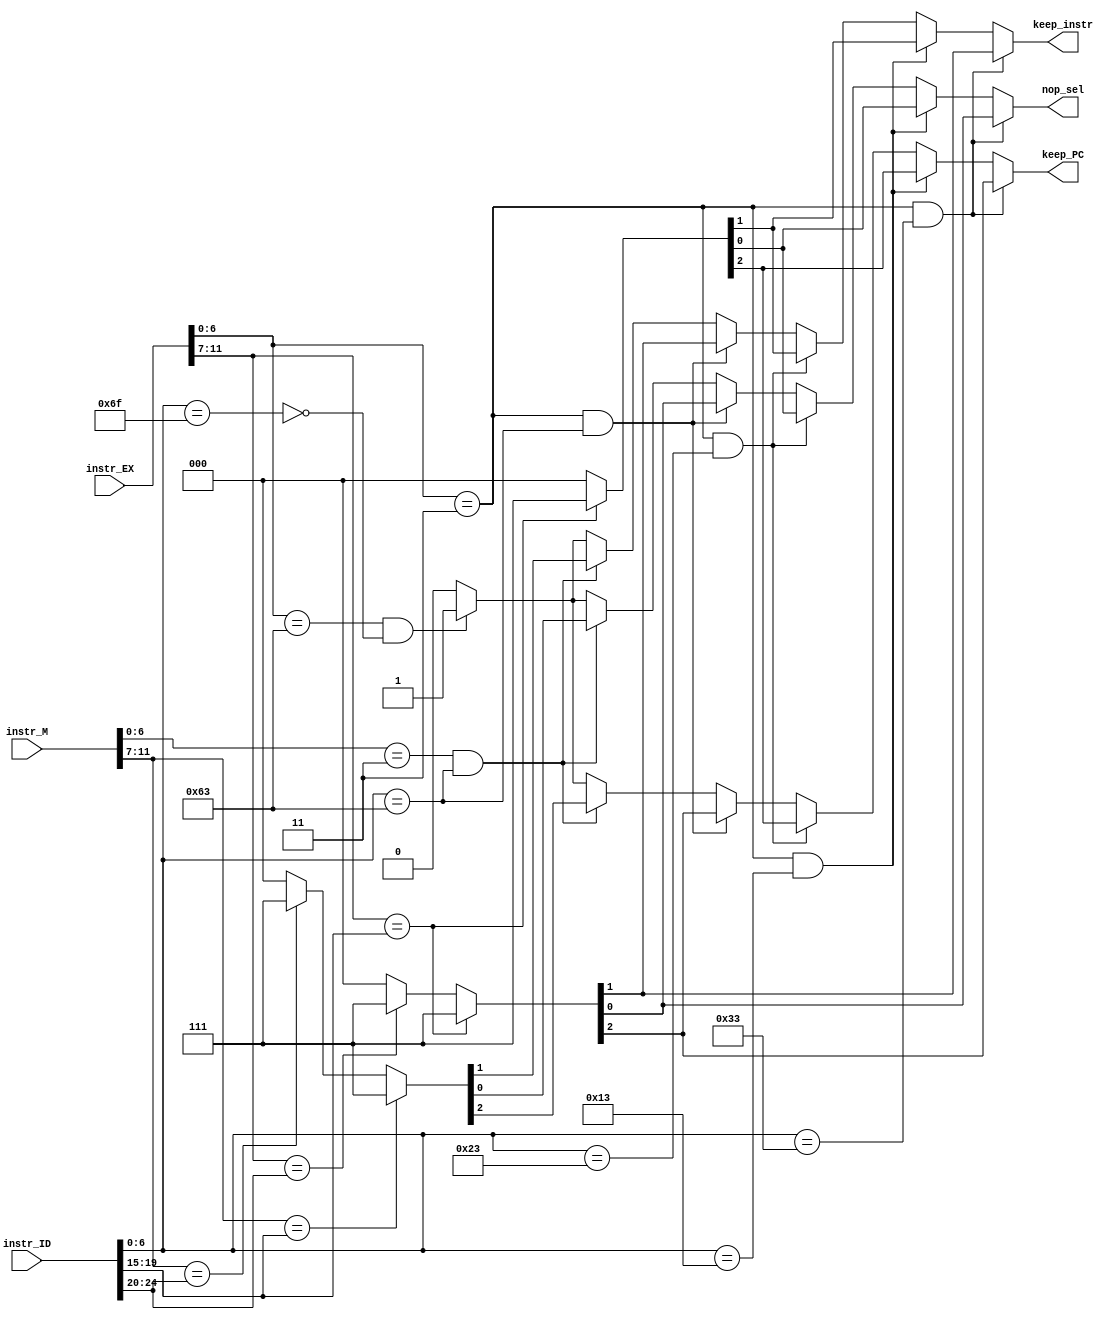
// `include "Def.v"// OPCODE
`define R_TYPE        7'b0110011
`define I_TYPE_OP_IMM 7'b0010011
`define I_TYPE_LOAD   7'b0000011
`define S_TYPE        7'b0100011
`define B_TYPE        7'b1100011
`define J_TYPE        7'b1101111
`define I_TYPE_JALR   7'b1100111
`define U_TYPE_LUI    7'b0110111
`define U_TYPE_AUIPC  7'b0010111

// FUNCT3
// R_TYPE
`define FUNCT3_ADD  3'h0
`define FUNCT3_SUB  3'h0
`define FUNCT3_XOR  3'h4
`define FUNCT3_OR   3'h6
`define FUNCT3_AND  3'h7
`define FUNCT3_SLL  3'h1
`define FUNCT3_SRL  3'h5
`define FUNCT3_SRA  3'h5
`define FUNCT3_SLT  3'h2
`define FUNCT3_SLTU 3'h3
// I_TYPE_OP_IMM
`define FUNCT3_ADDI  3'h0
`define FUNCT3_XORI  3'h4
`define FUNCT3_ORI   3'h6
`define FUNCT3_ANDI  3'h7
`define FUNCT3_SLLI  3'h1
`define FUNCT3_SRLI  3'h5
`define FUNCT3_SRAI  3'h5
`define FUNCT3_SLTI  3'h2
`define FUNCT3_SLTIU 3'h3
// I_TYPE_LOAD
`define FUNCT3_LB  3'h0
`define FUNCT3_LH  3'h1
`define FUNCT3_LW  3'h2
`define FUNCT3_LBU 3'h4
`define FUNCT3_LHU 3'h5
// S_TYPE
`define FUNCT3_SB 3'h0
`define FUNCT3_SH 3'h1
`define FUNCT3_SW 3'h2
// B_TYPE
`define FUNCT3_BEQ  3'h0
`define FUNCT3_BNE  3'h1
`define FUNCT3_BLT  3'h4
`define FUNCT3_BGE  3'h5
`define FUNCT3_BLTU 3'h6
`define FUNCT3_BGEU 3'h7
// J_TYPE
`define FUNCT3_JAL  3'h0  // no funct3
// I_TYPE_JALR
`define FUNCT3_JALR 3'h0
// U_TYPE_LUI
`define FUNCT3_LUI   3'h0 // no funct3
// U_TYPE_AUIPC
`define FUNCT3_AUIPC 3'h0 // no funct3

// FUNCT7
// R_TYPE
`define FUNCT7_ADD  7'h00
`define FUNCT7_SUB  7'h20
`define FUNCT7_XOR  7'h00
`define FUNCT7_OR   7'h00
`define FUNCT7_AND  7'h00
`define FUNCT7_SLL  7'h00
`define FUNCT7_SRL  7'h00
`define FUNCT7_SRA  7'h20
`define FUNCT7_SLT  7'h00
`define FUNCT7_SLTU 7'h00
// I_TYPE_OP_IMM
`define FUNCT7_ADDI  7'h00 // no funct7
`define FUNCT7_XORI  7'h00 // no funct7
`define FUNCT7_ORI   7'h00 // no funct7
`define FUNCT7_ANDI  7'h00 // no funct7
`define FUNCT7_SLLI  7'h00
`define FUNCT7_SRLI  7'h00
`define FUNCT7_SRAI  7'h20
`define FUNCT7_SLTI  7'h00 // no funct7
`define FUNCT7_SLTIU 7'h00 // no funct7
// I_TYPE_LOAD
`define FUNCT7_LB  7'h00   // no funct7
`define FUNCT7_LH  7'h00   // no funct7
`define FUNCT7_LW  7'h00   // no funct7
`define FUNCT7_LBU 7'h00   // no funct7
`define FUNCT7_LHU 7'h00   // no funct7
// S_TYPE
`define FUNCT7_SB 7'h00    // no funct7
`define FUNCT7_SH 7'h00    // no funct7
`define FUNCT7_SW 7'h00    // no funct7
// B_TYPE
`define FUNCT7_BEQ  7'h00  // no funct7
`define FUNCT7_BNE  7'h00  // no funct7
`define FUNCT7_BLT  7'h00  // no funct7
`define FUNCT7_BGE  7'h00  // no funct7
`define FUNCT7_BLTU 7'h00  // no funct7
`define FUNCT7_BGEU 7'h00  // no funct7
// J_TYPE
`define FUNCT7_JAL  7'h00  // no funct7
// I_TYPE_JALR
`define FUNCT7_JALR 7'h00  // no funct7
// U_TYPE_LUI
`define FUNCT7_LUI   7'h00 // no funct7
// U_TYPE_AUIPC
`define FUNCT7_AUIPC 7'h00 // no funct7
module stall_unit
(
    input [31:0] instr_ID,
    input [31:0] instr_EX,
    input [31:0] instr_M,
    output reg keep_PC,
    output reg keep_instr,
    output reg nop_sel
);

wire [6:0] opcode_ID;
wire [6:0] opcode_EX;
wire [6:0] opcode_M;
wire [4:0] rd_ID;
wire [4:0] rd_EX;
wire [4:0] rd_M;
wire [4:0] rs1_ID;
wire [4:0] rs1_EX;
wire [4:0] rs1_M;
wire [4:0] rs2_ID;
wire [4:0] rs2_EX;
wire [4:0] rs2_M;
assign opcode_ID = instr_ID[6:0];
assign opcode_EX = instr_EX[6:0];
assign opcode_M  = instr_M[6:0];
assign rd_ID = instr_ID[11:7];
assign rd_EX = instr_EX[11:7];
assign rd_M  = instr_M[11:7];
assign rs1_ID = instr_ID[19:15];
assign rs1_EX = instr_EX[19:15];
assign rs1_M  = instr_M[19:15];
assign rs2_ID = instr_ID[24:20];
assign rs2_EX = instr_EX[24:20];
assign rs2_M  = instr_M[24:20];

always @(*) begin
    case(1'b1)
        // lw cases
        (opcode_EX == `I_TYPE_LOAD && opcode_ID == `R_TYPE): begin
            case(1'b1)
                (rd_EX == rs1_ID): {keep_PC, keep_instr, nop_sel} = 3'b111;
                (rd_EX == rs2_ID): {keep_PC, keep_instr, nop_sel} = 3'b111;
                default:           {keep_PC, keep_instr, nop_sel} = 3'b000;
            endcase
        end
        (opcode_EX == `I_TYPE_LOAD && opcode_ID == `I_TYPE_OP_IMM): begin
            case(1'b1)
                (rd_EX == rs1_ID): {keep_PC, keep_instr, nop_sel} = 3'b111;
                default:           {keep_PC, keep_instr, nop_sel} = 3'b000;
            endcase
        end
        (opcode_EX == `I_TYPE_LOAD && opcode_ID == `S_TYPE): begin
            case(1'b1)
                (rd_EX == rs1_ID): {keep_PC, keep_instr, nop_sel} = 3'b111;
                default:           {keep_PC, keep_instr, nop_sel} = 3'b000;
            endcase
        end
        // branch cases
        // (opcode_EX == `R_TYPE && opcode_ID == `B_TYPE): begin
        //     case(1'b1)
        //         (rd_EX == rs1_ID): {keep_PC, keep_instr, nop_sel} = 3'b111;
        //         (rd_EX == rs2_ID): {keep_PC, keep_instr, nop_sel} = 3'b111;
        //         default:           {keep_PC, keep_instr, nop_sel} = 3'b000;
        //     endcase
        // end
        // (opcode_EX == `I_TYPE_OP_IMM && opcode_ID == `B_TYPE): begin
        //     case(1'b1)
        //         (rd_EX == rs1_ID): {keep_PC, keep_instr, nop_sel} = 3'b111;
        //         (rd_EX == rs2_ID): {keep_PC, keep_instr, nop_sel} = 3'b111;
        //         default:           {keep_PC, keep_instr, nop_sel} = 3'b000;
        //     endcase
        // end
        (opcode_EX == `I_TYPE_LOAD && opcode_ID == `B_TYPE): begin
            case(1'b1)
                (rd_EX == rs1_ID): {keep_PC, keep_instr, nop_sel} = 3'b111;
                (rd_EX == rs2_ID): {keep_PC, keep_instr, nop_sel} = 3'b111;
                default:           {keep_PC, keep_instr, nop_sel} = 3'b000;
            endcase
        end
        (opcode_M == `I_TYPE_LOAD && opcode_ID == `B_TYPE): begin
            case(1'b1)
                (rd_M == rs1_ID): {keep_PC, keep_instr, nop_sel} = 3'b111;
                (rd_M == rs2_ID): {keep_PC, keep_instr, nop_sel} = 3'b111;
                default:          {keep_PC, keep_instr, nop_sel} = 3'b000;
            endcase
        end
        // (opcode_M == `R_TYPE && opcode_ID == `B_TYPE): begin
        //     case(1'b1)
        //         (rd_M == rs1_ID): {keep_PC, keep_instr, nop_sel} = 3'b111;
        //         (rd_M == rs2_ID): {keep_PC, keep_instr, nop_sel} = 3'b111;
        //         default:          {keep_PC, keep_instr, nop_sel} = 3'b000;
        //     endcase
        // end
        // jal case
        // (opcode_ID == `J_TYPE): begin
        //     {keep_PC, keep_instr, nop_sel} = 3'b111;
        // end
        /*
        (opcode_M == `J_TYPE): begin
            {keep_PC, keep_instr, nop_sel} = 3'b111;
        end
        */
        // beq cases
        (opcode_EX == `B_TYPE && ~(opcode_ID == `J_TYPE) ): begin
            {keep_PC, keep_instr, nop_sel} = 3'b111;
        end
        default: {keep_PC, keep_instr, nop_sel} = 3'b000;
    endcase
end

endmodule